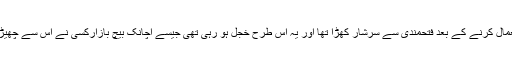
وہ اختیار استعمال کرنے کے بعد فتحمندی سے سرشار کھڑا تھا اور یہ اس طرح خجل ہو رہی تھی جیسے اچانک بیچ بازارکسی نے اس سے چھیڑ خانی کی ہو۔